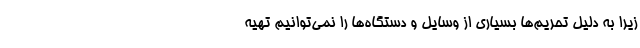
زیرا به دلیل تحریم‌ها بسیاری از وسایل و دستگاه‌ها را نمی‌توانیم تهیه